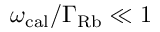
\omega _ { \mathrm { c a l } } / \Gamma _ { \mathrm { R b } } \ll 1